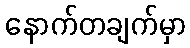
နောက်တချက်မှာ